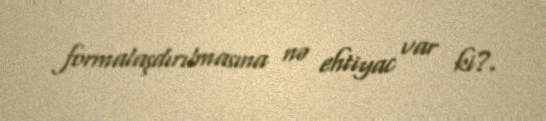
formalaşdırılmasına nə ehtiyac var ki?.